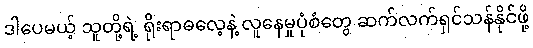
ဒါပေမယ့် သူတို့ရဲ့ ရိုးရာဓလေ့နဲ့ လူနေမှုပုံစံတွေ ဆက်လက်ရှင်သန်နိုင်ဖို့